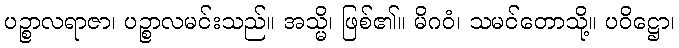
ပဉ္စာလရာဇာ၊ ပဉ္စာလမင်းသည်။ အသ္မိ၊ ဖြစ်၏။ မိဂဝံ၊ သမင်တောသို့။ ပဝိဋ္ဌော၊